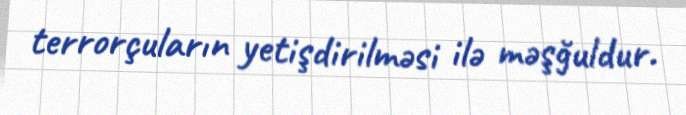
terrorçuların yetişdirilməsi ilə məşğuldur.